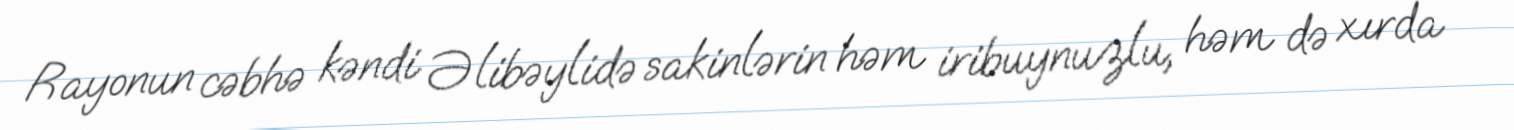
Rayonun cəbhə kəndi Əlibəylidə sakinlərin həm iribuynuzlu, həm də xırda